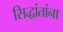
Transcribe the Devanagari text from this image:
सिद्धांतांना